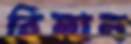
বিলান